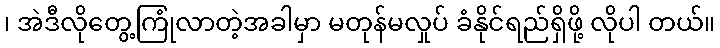
၊ အဲဒီလိုတွေ့ကြုံလာတဲ့အခါမှာ မတုန်မလှုပ် ခံနိုင်ရည်ရှိဖို့ လိုပါ တယ်။